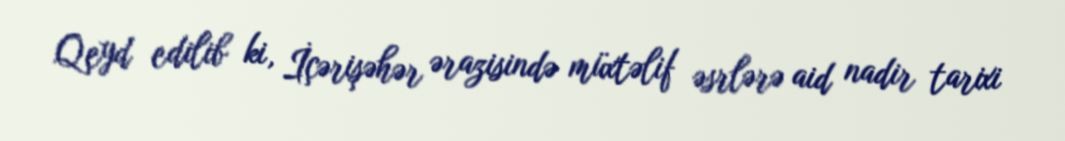
Qeyd edilib ki, İçərişəhər ərazisində müxtəlif əsrlərə aid nadir tarixi